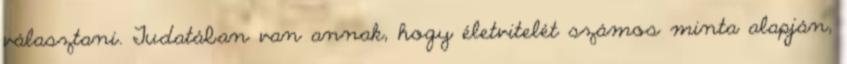
választani. Tudatában van annak, hogy életvitelét számos minta alapján,